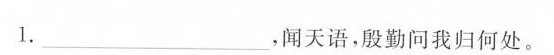
1.\underline，闻天语，殷勤问我归何处。